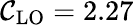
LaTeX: \mathcal{C}_{\mathrm{{LO}}}=2.27